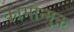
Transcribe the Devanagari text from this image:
कामोन्मुक्त